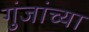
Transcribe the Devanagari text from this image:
गुंजांच्या